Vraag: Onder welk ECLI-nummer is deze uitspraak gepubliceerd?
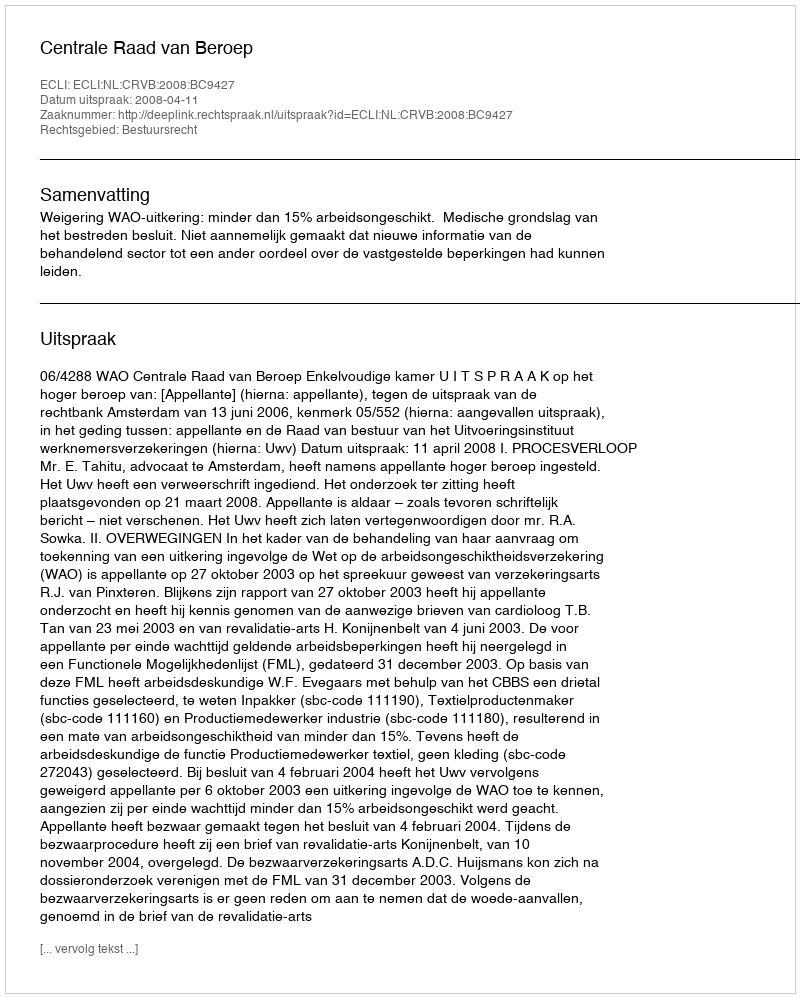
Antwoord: ECLI:NL:CRVB:2008:BC9427